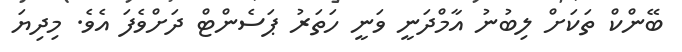
ބޭންކް ތަކަށް ލިބުނު އާމްދަނީ ވަނީ ހަތަރު ޕަސެންޓް ދަށްވެފަ އެވެ. މިދިޔަ